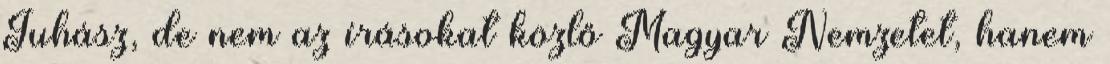
Juhász, de nem az írásokat közlő Magyar Nemzetet, hanem